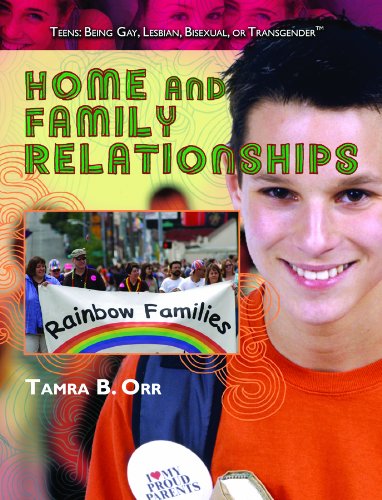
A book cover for Home and Family Relationships (Teens: Being Gay, Lesbian, Bisexual, Or Transgender); Tamra B. Orr; Teen & Young Adult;